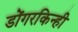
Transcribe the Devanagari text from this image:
डोंगरकिन्ही